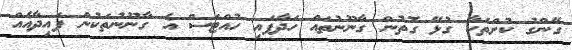
ގޭންގު ކުށްތަކާ ގުޅޭ ގޮތުން ގާނޫނުތައް ހަދާފައި ހުއްޓަސް އެ ގާނޫނުތަކުން ފައިދާއެއް